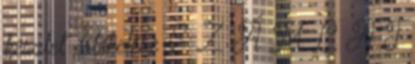
készlet értékelése S Z Á M L A T